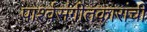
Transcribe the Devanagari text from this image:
पार्श्वसंगीतकारांची